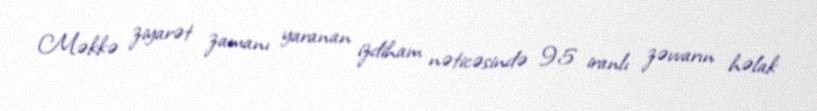
Məkkə ziyarət zamanı yaranan izdiham nəticəsində 95 iranlı zəvvarın həlak